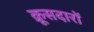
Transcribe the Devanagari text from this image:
क्रूसदारों